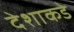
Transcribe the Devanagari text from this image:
देशाकडे